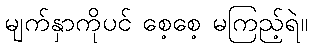
မျက်နှာကိုပင် စေ့စေ့ မကြည့်ရဲ။